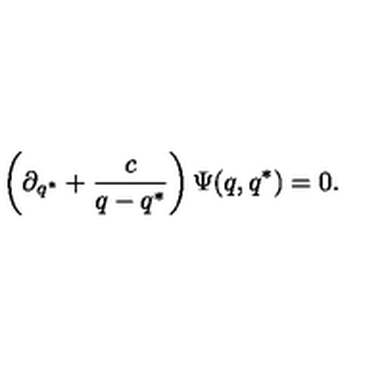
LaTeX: \left( \partial _ { q ^ { * } } + \frac { c } { q - q ^ { * } } \right) \Psi ( q , q ^ { * } ) = 0 .